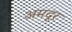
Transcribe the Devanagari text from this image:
अमदूर